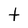
Character: t